Vaccination in the Punjab 1867-1880 - 1867-1880
Year: 1867
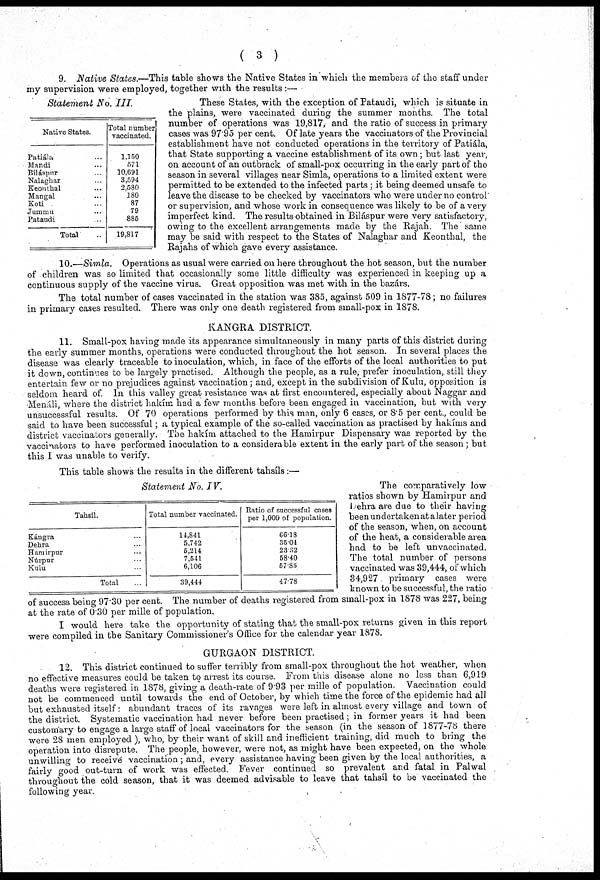
( 3 )
9. Native States.—This table shows the Native States in which the members of the staff under
my supervision were employed, together with the results :—
Statement No. III.
Native States.
Patiála ...
Mandi ...
Biláspur ...
Nalaghar ...
Keonthal ...
Mangal ...
Koti ...
Jummu ...
Pataudi ...
Total ...
Total number
vaccinated.
1,150
571
10,691
3,594
2,580
180
87
79
885
19,817
These States, with the exception of Pataudi, which is situate in
the plains, were vaccinated during the summer months. The total
number of operations was 19,817, and the ratio of success in primary
cases was 97.95 per cent. Of late years the vaccinators of the Provincial
establishment have not conducted operations in the territory of Patiála,
that State supporting a vaccine establishment of its own ; but last year,
on account of an outbrack of small-pox occurring in the early part of the
season in several villages near Simla, operations to a limited extent were
permitted to be extended to the infected parts ; it being deemed unsafe to
leave the disease to be checked by vaccinators who were under no control
or supervision, and whose work in consequence was likely to be of a very
imperfect kind. The results obtained in Biláspur were very satisfactory,
owing to the excellent arrangements made by the Rajah. The same
may be said with respect to the States of Nalaghar and Keonthal, the
Rajahs of which gave every assistance.
10.—Simla. Operations as usual were carried on here throughout the hot season, but the number
of children was so limited that occasionally some little difficulty was experienced in keeping up a
continuous supply of the vaccine virus. Great opposition was met with in the bazárs.
The total number of cases vaccinated in the station was 385, against 509 in 1877-78; no failures
in primary cases resulted. There was only one death registered from small-pox in 1878.
KANGRA DISTRICT.
11. Small-pox having made its appearance simultaneously in many parts of this district during
the early summer months, operations were conducted throughout the hot season. In several places the
disease was clearly traceable to inoculation, which, in face of the efforts of the local authorities to put
it down, continues to be largely practised. Although the people, as a rule, prefer inoculation, still they
entertain few or no prejudices against vaccination; and, except in the subdivision of Kulu, opposition is
seldom heard of. In this valley great resistance was at first encountered, especially about Naggar and
Menáli, where the district hakím had a few months before been engaged in vaccination, but with very
unsuccessful results. Of 70 operations performed by this man, only 6 cases, or 8.5 per cent., could be
said to have been successful; a typical example of the so-called vaccination as practised by hakims and
district vaccinators generally. The hakím attached to the Hamirpur Dispensary was reported by the
vaccinators to have performed inoculation to a considerable extent in the early part of the season ; but
this I was unable to verify.
This table shows the results in the different tahsíls:—
Statement No. IV.
Tahsíl.
Kángra ...
Dehra ...
Hamirpur ...
Núrpur ...
Kulu ...
Total ...
Total number vaccinated.
14,841
5,742
5,214
7,541
6,106
39,444
Ratio of successful cases
per 1,000 of population.
66.18
35.04
23.32
58.40
57.85
47.78
The comparatively low
ratios shown by Hamirpur and
Dehra are due to their having
been undertaken at alater period
of the season, when, on account
of the heat, a considerable area
had to be left unvaccinated.
The total number of persons
vaccinated was 39,444, of which
34,927 primary cases were
known to be successful, the ratio
of success being 97.30 per cent. The number of deaths registered from small-pox in 1878 was 227, being
at the rate of 0.30 per mille of population.
I would here take the opportunity of stating that the small-pox returns given in this report
were compiled in the Sanitary Commissioner's Office for the calendar year 1878.
GURGAON DISTRICT.
12. This district continued to suffer terribly from small-pox throughout the hot weather, when
no effective measures could be taken to arrest its course. From this disease alone no less than 6,919
deaths were registered in 1878, giving a death-rate of 9.93 per mille of population. Vaccination could
not be commenced until towards the end of October, by which time the force of the epidemic had all
but exhausted itself: abundant traces of its ravages were left in almost every village and town of
the district. Systematic vaccination had never before been practised; in former years it had been
customary to engage a large staff of local vaccinators for the season (in the season of 1877-78 there
were 28 men employed ), who, by their want of skill and inefficient training, did much to bring the
operation into disrepute. The people, however, were not, as might have been expected, on the whole
unwilling to receive vaccination ; and, every assistance having been given by the local authorities, a
fairly good out-turn of work was effected. Fever continued so prevalent and fatal in Palwal
throughout the cold season, that it was deemed advisable to leave that tahsíl to be vaccinated the
following year.